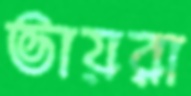
ভায়রা